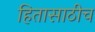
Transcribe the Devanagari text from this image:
हितासाठीच